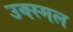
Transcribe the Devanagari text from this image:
उक्स्मल